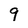
Character: 9